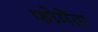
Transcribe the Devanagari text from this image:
फोमेंता